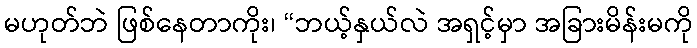
မဟုတ်ဘဲ ဖြစ်နေတာကိုး၊ “ဘယ့်နှယ်လဲ အရှင့်မှာ အခြားမိန်းမကို